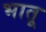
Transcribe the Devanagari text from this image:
भातू